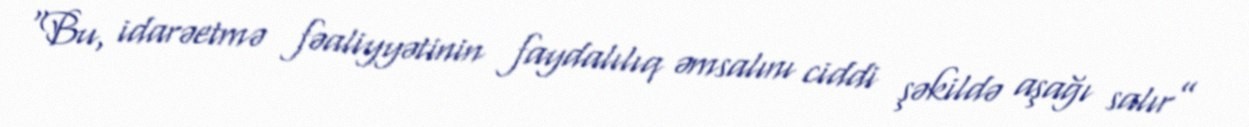
“Bu, idarəetmə fəaliyyətinin faydalılıq əmsalını ciddi şəkildə aşağı salır”